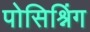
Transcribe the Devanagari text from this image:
पोसिश्निंग